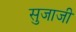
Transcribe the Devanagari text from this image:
सुजाजी